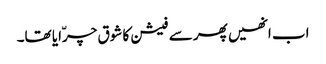
اب انھیں پھر سے فیشن کا شوق چرّایا تھا۔